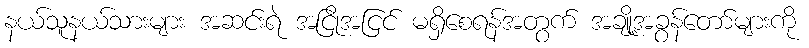
နယ်သူနယ်သားများ အဆင်းရဲ အငြိုအငြင် မရှိစေရန်အတွက် အချို့အခွန်တော်များကို